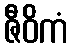
ဇီဝိကံ